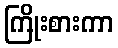
ကြိုးစားကာ